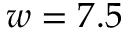
w = 7 . 5